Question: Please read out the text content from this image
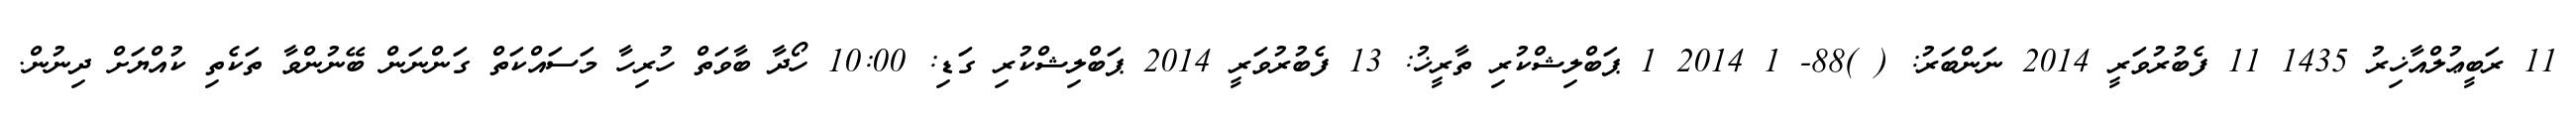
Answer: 11 ރަބީޢުލްއާޚިރު 1435 11 ފެބުރުވަރީ 2014 ނަންބަރު: ( )88- 1 2014 1 ޕަބްލިޝްކުރި ތާރީޚު: 13 ފެބުރުވަރީ 2014 ޕަބްލިޝްކުރި ގަޑި: 10:00 ހޯދާ ބާވަތް ހުރިހާ މަސައްކަތް ގަންނަން ބޭނުންވާ ތަކެތި ކުއްޔަށް ދިނުން.